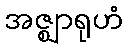
အဇ္ဈာရုဟံ